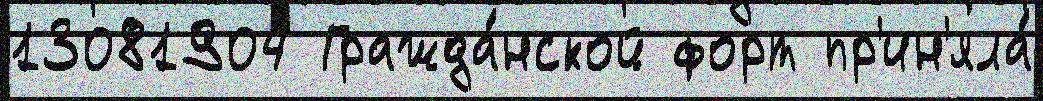
13081904 Гражда́нской форт пр'ин'яла́